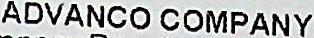
ADVANCO COMPANY